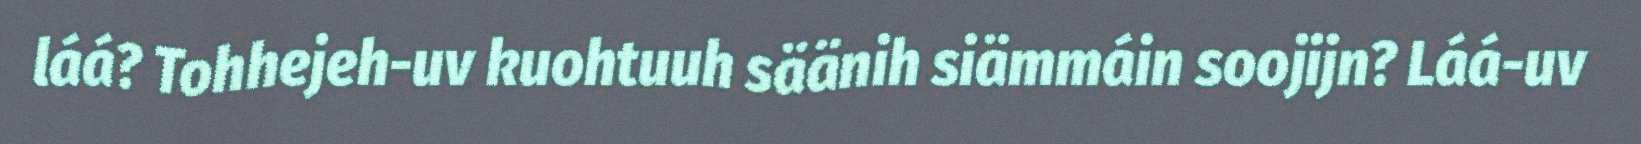
láá? Tohhejeh-uv kuohtuuh säänih siämmáin soojijn? Láá-uv